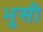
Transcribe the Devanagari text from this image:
भुसी